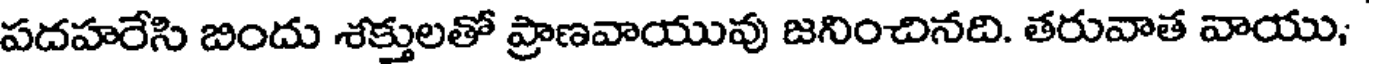
పదహరేసి బిందు శక్తులతో ప్రాణవాయువు జనించినది. తరువాత వాయు;